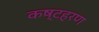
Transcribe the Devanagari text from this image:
कष्टहरण